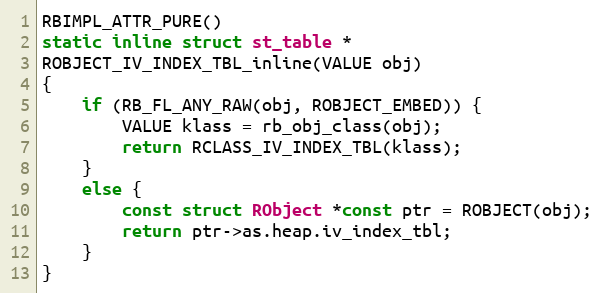
Language: C
RBIMPL_ATTR_PURE()
static inline struct st_table *
ROBJECT_IV_INDEX_TBL_inline(VALUE obj)
{
    if (RB_FL_ANY_RAW(obj, ROBJECT_EMBED)) {
        VALUE klass = rb_obj_class(obj);
        return RCLASS_IV_INDEX_TBL(klass);
    }
    else {
        const struct RObject *const ptr = ROBJECT(obj);
        return ptr->as.heap.iv_index_tbl;
    }
}